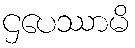
ဌပေဿာမိ